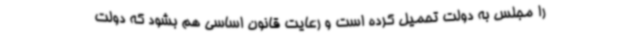
را مجلس به دولت تحمیل کرده است و رعایت قانون اساسی هم بشود که دولت